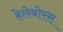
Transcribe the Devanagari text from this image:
हेलेबोरस